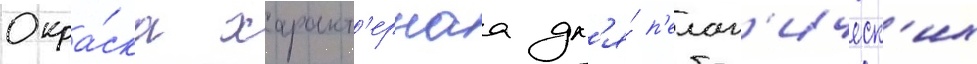
Окра́ска характ'ернаа дл'я́ п'елаг'ическ'их